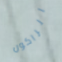
الراكون